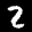
Label: 2